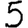
Digit: 5